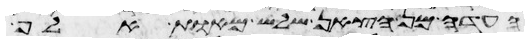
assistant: העדה מן הצאן שלש מאות אלף